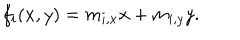
f _ { i } ( x , y ) = m _ { i , x } x + m _ { i , y } y .